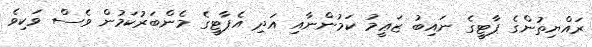
ރައްޔިތުންގެ ޕާޓީގެ ނައިބު ޒަޢީމު ކަމުންނާއި އަދި އެޕާޓީގެ މެންބަރުކަމުން ވެސް ވަކިވެ